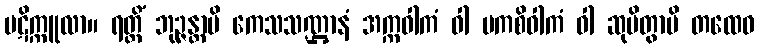
ပဋိက္ကူလာ။ ရတ္တိံ ဘုဉ္ဇန္တာပိ ကေသသဏ္ဌာနံ အက္ကဝါကံ ဝါ မကစိဝါကံ ဝါ ဆုပိတွာပိ တထေဝ